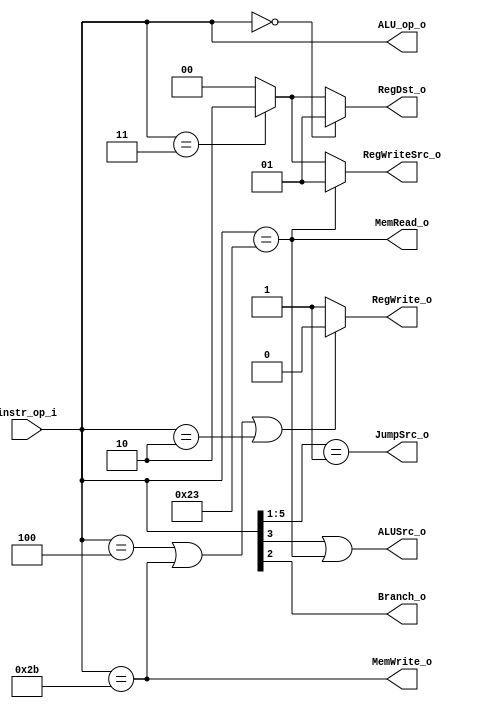
module Decoder(
               input [6-1:0] instr_op_i,
	           output RegWrite_o,
	           output [6-1:0] ALU_op_o,
	           output ALUSrc_o,
			   output [2-1:0] RegWriteSrc_o,
	           output [2-1:0] RegDst_o,
	           output Branch_o,
			   output MemRead_o,
			   output MemWrite_o,
			   output JumpSrc_o
	           );

assign RegWrite_o = (instr_op_i == 6'b000100 || instr_op_i == 6'b101011 || instr_op_i == 6'b000010) ? 1'b0 : 1'b1;  // no beq sw j jr
assign ALU_op_o = instr_op_i[5:0];
assign ALUSrc_o = (instr_op_i[3] == 1 || instr_op_i == 6'b100011); // addi slti lw sw
assign RegWriteSrc_o = (instr_op_i == 6'b100011) ? 2'd1 : (instr_op_i == 6'b000011) ? 2'd2 : 2'd0; // lw 1 jal 2 aluresult 0
assign RegDst_o = (instr_op_i == 0) ? 2'd1 : (instr_op_i == 6'b000011) ? 2'd2 : 2'd0; //addi slti lw (regWriteDest  = 0) jal (regWriteDest = 2)
assign Branch_o = instr_op_i[2]; //beq
assign MemRead_o = (instr_op_i == 6'b100011); // lw
assign MemWrite_o = (instr_op_i == 6'b101011); // sw
assign JumpSrc_o = (instr_op_i[5:1] == 5'b00001); // j jal 1 jr 0

endmodule